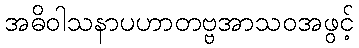
အဓိဝါသနာပဟာတဗ္ဗအာသဝအဖွင့်